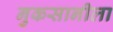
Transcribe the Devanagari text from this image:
नुकसानीला